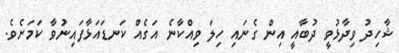
ޝާހިދު ވިދާޅުވީ ދުބާއީ އިން ގެނައި ހިލަ ވިއްކާނެ އަގެއް ކަނޑައަޅާފައިނުވާ ކަމަށެވެ.